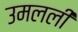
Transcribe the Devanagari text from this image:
उमलली